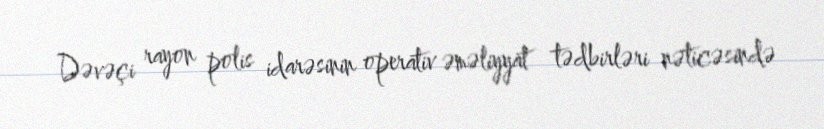
Dəvəçi rayon polis idarəsinin operativ əməliyyat tədbirləri nəticəsində